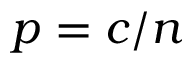
p = c / n